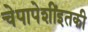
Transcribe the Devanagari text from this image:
चेपापेशींइतकी